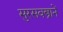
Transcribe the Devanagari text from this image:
सुरसवस्त्रानें